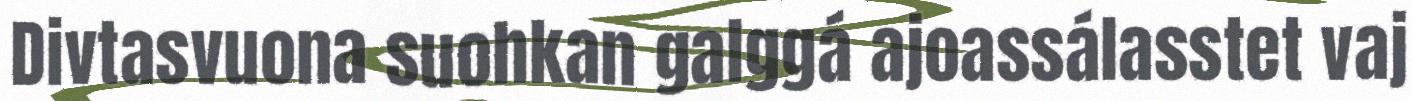
Divtasvuona suohkan galggá ajoassálasstet vaj